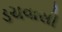
ડચવાસી